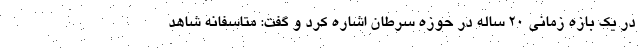
در یک بازه زمانی 20 ساله در حوزه سرطان اشاره کرد و گفت: متاسفانه شاهد